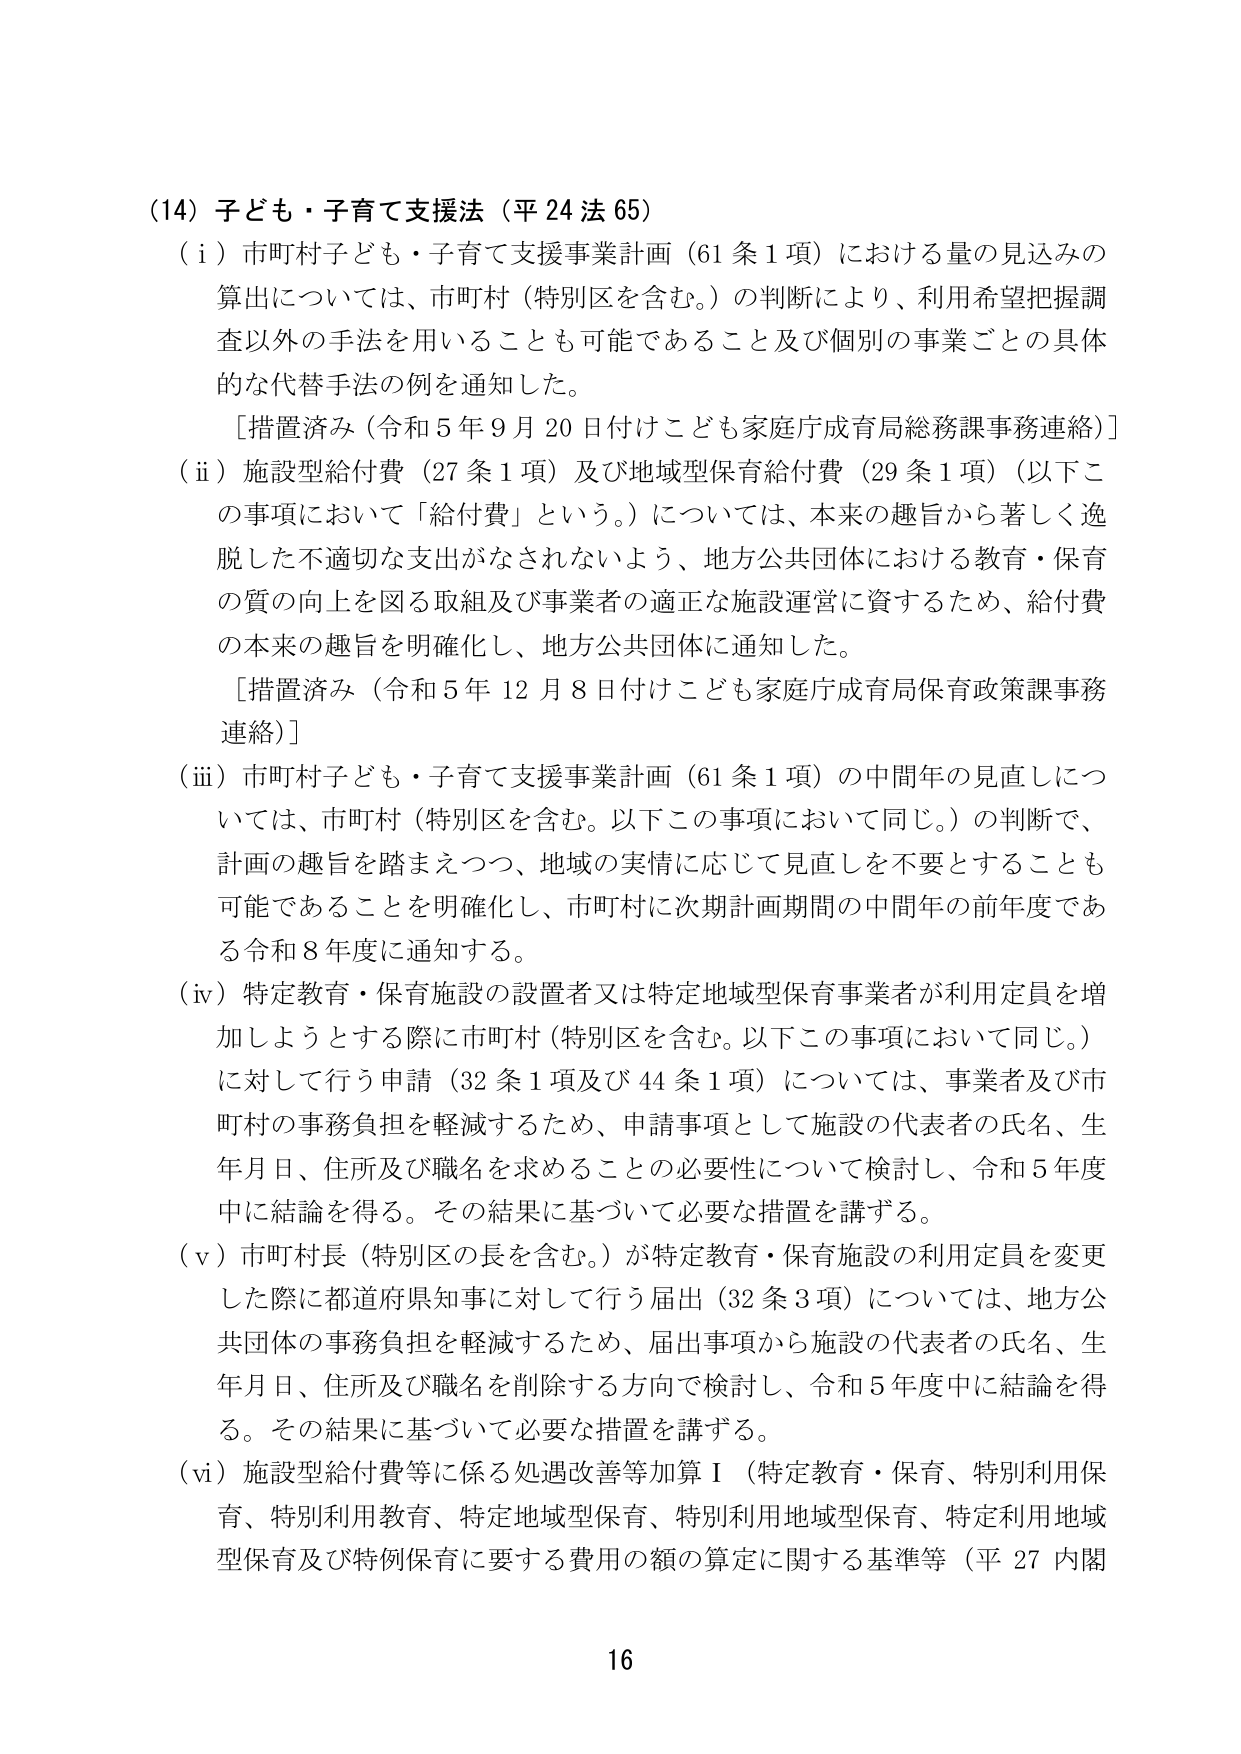
(14) 子ども・子育て支援法（平24法65）

（i）市町村子ども・子育て支援事業計画（61条1項）における量の見込みの算出については、市町村（特別区を含む。）の判断により、利用希望把握調査以外の手法を用いることも可能であること及び個別の事業ごとの具体的な代替手法の例を通知した。

［措置済み（令和5年9月20日付けこども家庭庁成育局総務課事務連絡）］

（ii）施設型給付費（27条1項）及び地域型保育給付費（29条1項）（以下この事項において「給付費」という。）については、本来の趣旨から著しく逸脱した不適切な支出がなされないよう、地方公共団体における教育・保育の質の向上を図る取組及び事業者の適正な施設運営に資するため、給付費の本来の趣旨を明確化し、地方公共団体に通知した。

［措置済み（令和5年12月8日付けこども家庭庁成育局保育政策課事務連絡）］

（iii）市町村子ども・子育て支援事業計画（61条1項）の中間年の見直しについては、市町村（特別区を含む。以下この事項において同じ。）の判断で、計画の趣旨を踏まえつつ、地域の実情に応じて見直しを不要とすることも可能であることを明確化し、市町村に次期計画期間の中間年の前年度である令和8年度に通知する。

（iv）特定教育・保育施設の設置者又は特定地域型保育事業者が利用定員を増加しようとする際に市町村（特別区を含む。以下この事項において同じ。）に対して行う申請（32条1項及び44条1項）については、事業者及び市町村の事務負担を軽減するため、申請事項として施設の代表者の氏名、生年月日、住所及び職名を求めるものの必要性について検討し、令和5年度中に結論を得る。その結果に基づいて必要な措置を講ずる。

（v）市町村長（特別区の長を含む。）が特定教育・保育施設の利用定員を変更した際に都道府県知事に対して行う届出（32条3項）については、地方公共団体の事務負担を軽減するため、届出事項から施設の代表者の氏名、生年月日、住所及び職名を削除する方向で検討し、令和5年度中に結論を得る。その結果に基づいて必要な措置を講ずる。

（vi）施設型給付費等に係る処遇改善等加算Ⅰ（特定教育・保育、特別利用保育、特別利用教育、特定地域型保育、特別利用地域型保育、特定利用地域型保育及び特例保育に要する費用の額の算定に関する基準等（平27内閣

16